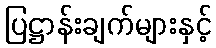
ပြဋ္ဌာန်းချက်များနှင့်